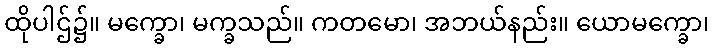
ထိုပါဌ်၌။ မက္ခော၊ မက္ခသည်။ ကတမော၊ အဘယ်နည်း။ ယောမက္ခော၊